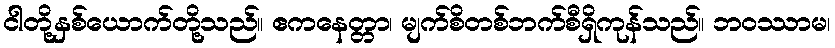
ငါတို့နှစ်ယောက်တို့သည်။ ဧကနေတ္တာ၊ မျက်စိတစ်ဘက်စီရှိကုန်သည်။ ဘဝဿာမ၊